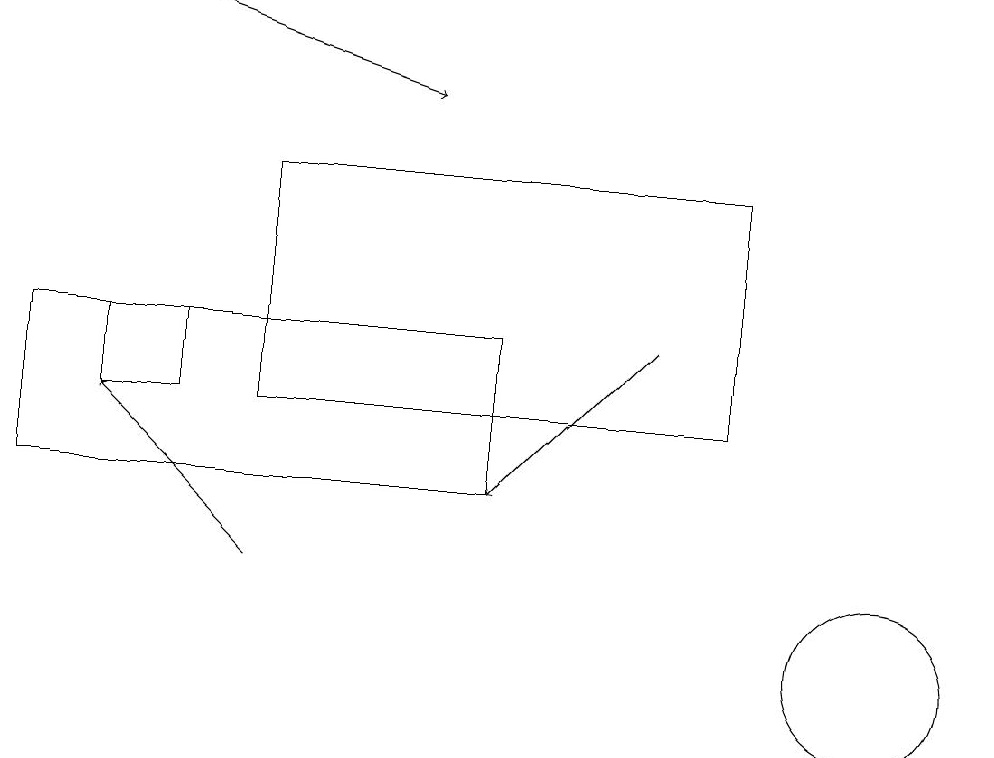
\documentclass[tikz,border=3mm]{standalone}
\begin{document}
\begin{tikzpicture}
\draw[->] (2,19) -- (5,18);
\draw[->] (8,15) -- (6,13);
\draw (2,14) rectangle (1,15);
\draw (0,13) rectangle (6,15);
\draw[->] (3,12) -- (1,14);
\draw (11,11) circle (1);
\draw (3,17) rectangle (9,14);
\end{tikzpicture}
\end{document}